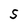
Character: S